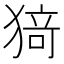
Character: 𭸟